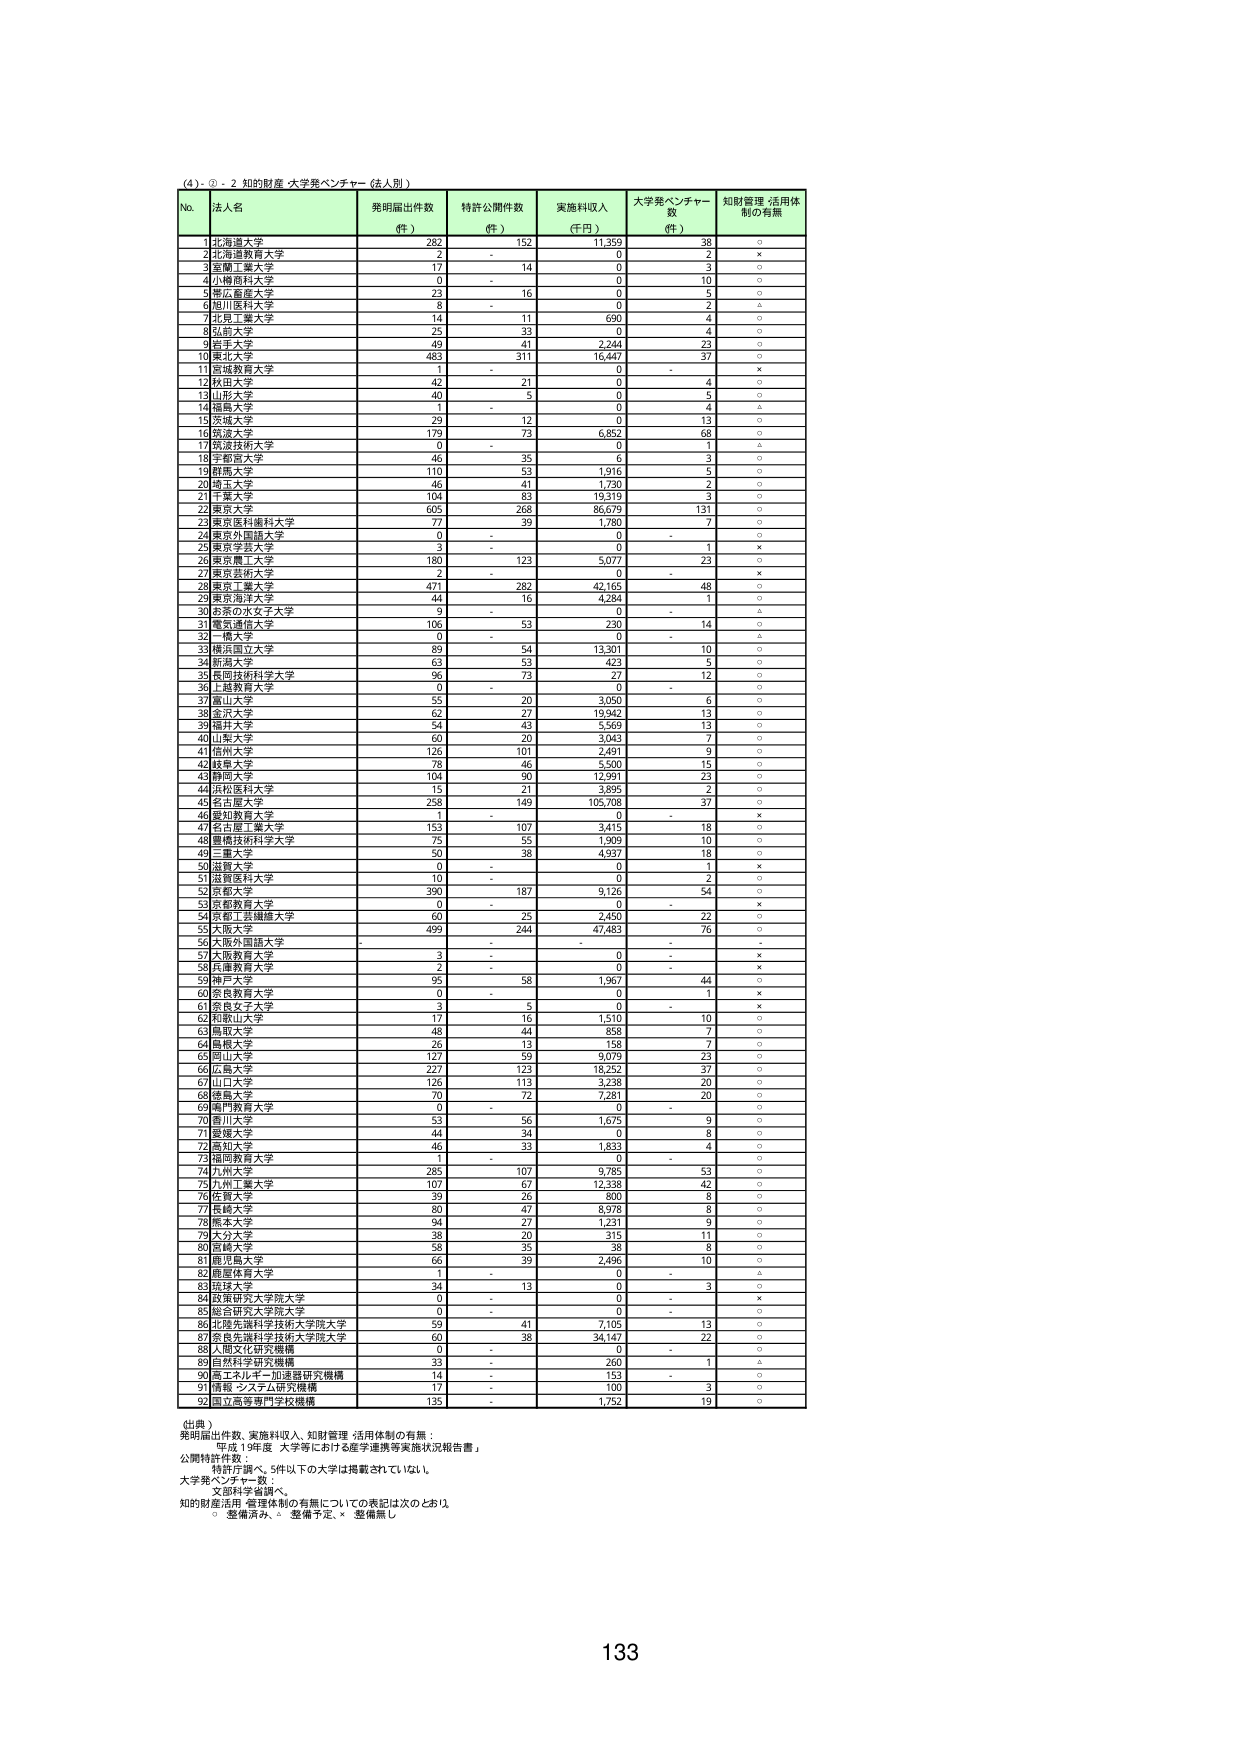
(4) ①・② 知的財産・大学発ベンチャー（法人別）

No. 法人名 発明届出件数（件） 特許公開件数（件） 実施料収入（千円） 大学発ベンチャー数（件） 知財管理・活用体制の有無

1 北海道大学 282 192 11,359 38 ○
2 北海道教育大学 2 - 0 2 ×
3 室蘭工業大学 17 14 0 3 ○
4 小樽商科大学 0 - 0 10 ○
5 帯広畜産大学 23 16 0 5 △
6 旭川医科大学 8 - 0 2 △
7 北見工業大学 14 11 690 4 ○
8 弘前大学 25 33 0 4 ○
9 岩手大学 49 41 2,244 23 ○
10 東北大学 483 311 16,447 37 ○
11 宮城教育大学 1 - 0 - ×
12 秋田大学 42 21 0 4 ○
13 山形大学 40 5 0 5 ○
14 福島大学 1 - 0 4 △
15 茨城大学 29 12 0 13 ○
16 筑波大学 179 73 6,852 68 ○
17 筑波技術大学 0 - 0 1 △
18 宇都宮大学 46 35 6 3 ○
19 群馬大学 110 53 1,916 5 ○
20 埼玉大学 46 41 1,730 2 ○
21 千葉大学 104 83 19,319 3 ○
22 東京大学 605 268 86,679 131 ○
23 東京医科歯科大学 77 39 1,780 7 ○
24 東京外国語大学 0 - 0 - ○
25 東京学芸大学 3 - 0 1 ×
26 東京農工大学 180 123 5,077 23 ○
27 東京芸術大学 2 - 0 - ×
28 東京工業大学 471 282 42,165 48 ○
29 東京海洋大学 44 16 4,284 1 ○
30 お茶の水女子大学 9 - 0 - △
31 電気通信大学 106 53 230 14 ○
32 一橋大学 0 - 0 - △
33 横浜国立大学 89 54 13,301 10 ○
34 新潟大学 63 53 423 5 ○
35 長岡技術科学大学 96 73 27 12 ○
36 上越教育大学 0 - 0 - ○
37 富山大学 55 20 3,050 6 ○
38 金沢大学 62 27 19,942 13 ○
39 福井大学 54 43 5,569 13 ○
40 山梨大学 60 20 3,043 7 ○
41 信州大学 126 101 2,491 9 ○
42 静岡大学 78 46 5,500 15 ○
43 静岡大学 104 90 12,991 23 ○
44 浜松医科大学 15 21 3,895 2 ○
45 名古屋大学 258 149 105,708 37 ○
46 愛知教育大学 1 - 0 - ×
47 名古屋工業大学 153 107 3,415 18 ○
48 豊橋技術科学大学 75 55 1,909 10 ○
49 三重大学 50 38 4,937 18 ○
50 滋賀大学 0 - 0 1 ×
51 滋賀医科大学 10 - 0 2 ○
52 京都大学 390 187 9,126 54 ○
53 京都教育大学 0 - 0 - ×
54 京都工芸繊維大学 60 25 2,450 22 ○
55 大阪大学 499 244 47,483 76 ○
56 大阪外国語大学 - - - - -
57 大阪教育大学 3 - 0 - ×
58 兵庫教育大学 2 - 0 - ×
59 神戸大学 95 58 1,967 44 ○
60 奈良教育大学 0 - 0 1 ×
61 奈良女子大学 3 5 0 - ×
62 和歌山大学 17 16 1,510 10 ○
63 鳥取大学 48 44 858 7 ○
64 島根大学 26 13 158 7 ○
65 岡山大学 127 59 9,079 23 ○
66 広島大学 227 123 18,232 37 ○
67 山口大学 126 113 3,238 20 ○
68 徳島大学 70 72 7,281 20 ○
69 岡山教育大学 0 - 0 - ○
70 香川大学 53 56 1,675 9 ○
71 愛媛大学 44 34 0 8 ○
72 高知大学 46 33 1,833 4 ○
73 福岡教育大学 1 - 0 - ○
74 九州大学 285 107 9,785 53 ○
75 九州工業大学 107 67 12,338 42 ○
76 佐賀大学 39 26 800 8 ○
77 長崎大学 80 47 8,978 8 ○
78 熊本大学 94 27 1,231 9 ○
79 大分大学 38 20 315 11 ○
80 宮崎大学 58 35 38 8 ○
81 鹿児島大学 66 39 2,496 10 ○
82 鹿屋体育大学 1 - 0 - △
83 琉球大学 34 13 0 3 ○
84 政策研究大学院大学 0 - 0 - ×
85 総合研究大学院大学 0 - 0 - ○
86 北陸先端科学技術大学院大学 59 41 7,105 13 ○
87 名古屋市立大学 60 38 34,147 22 ○
88 人間文化研究機構 0 - 0 - ○
89 自然科学研究機構 33 - 260 1 △
90 高エネルギー加速器研究機構 14 - 153 - ○
91 情報・システム研究機構 17 - 100 3 ○
92 国立医学研究所 135 - 1,752 19 ○

（出典）
発明届出件数、実施料収入、知財管理・活用体制の有無：
平成19年度「大学等における産学連携等実施状況報告書」
公開特許件数：
特許庁調べ、5件以下の大学は掲載されていない。
大学発ベンチャー数：
文部科学省調べ。
知的財産活用・管理体制の有無についての表記は次のとおり。
○ 整備済み、△ 整備予定、× 整備無し

133